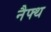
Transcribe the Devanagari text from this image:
नैफ्थ